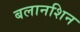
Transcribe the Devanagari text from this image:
बलानशिन